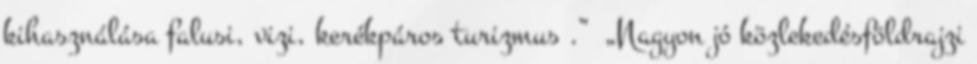
kihasználása falusi, vizi, kerékpáros turizmus .” ▪„Nagyon jó közlekedésföldrajzi